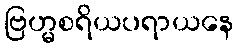
ဗြဟ္မစရိယပရာယနေ